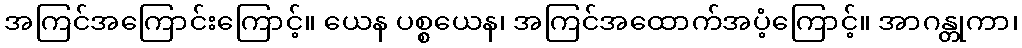
အကြင်အကြောင်းကြောင့်။ ယေန ပစ္စယေန၊ အကြင်အထောက်အပံ့ကြောင့်။ အာဂန္တုကာ၊